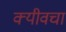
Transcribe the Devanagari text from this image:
क्यीवचा